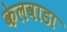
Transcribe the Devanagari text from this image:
केलवाडा